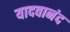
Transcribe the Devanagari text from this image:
यादवानंद